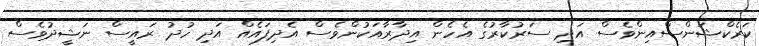
ކަރެކްޝަންސްއިންވެސް އަދި ސަރުކާރުގެ އެހެން އިދާރާއަކުންވެސް އެދިފައެއް އަދި ހުދު ރައީސް ނަޝީދުވެސް